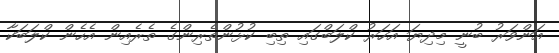
އަންވަރު ބުނީ މިދިޔަ އަހަރު ކްލަބްގައި ތިބި ކުޅުންތެރިންގެ ތެރެއިން އެހެން ކްލަބަކާ